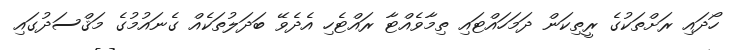
ހޯދައި ރަށްތަކުގެ ރީތިކަން ދަމަހައްޓައި ތިމާވެއްޓާ ރައްޓެހި އެދެވޭ ބަދަލުތަކެއް ގެނައުމުގެ މަޤްސަދުގައި